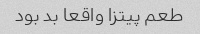
طعم پیتزا واقعا بد بود